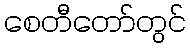
စေတီတော်တွင်